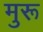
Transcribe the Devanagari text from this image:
मुरू